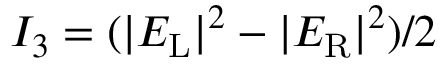
I _ { 3 } = ( | E _ { \mathrm { L } } | ^ { 2 } - | E _ { \mathrm { R } } | ^ { 2 } ) / 2